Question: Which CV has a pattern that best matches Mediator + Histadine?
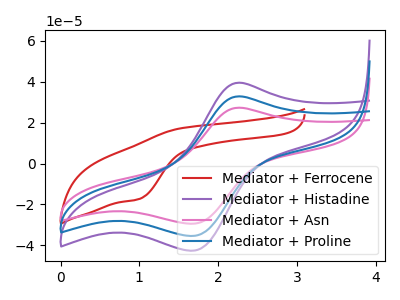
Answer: <think>The red curve "Mediator + Ferrocene" has an anodic peak at (1.50V, 17.15uA) and a cathodic peak at (1.00V, -17.40uA). The purple curve "Mediator + Histadine" has an anodic peak at (2.25V, 65.75uA) and a cathodic peak at (1.65V, -71.00uA). The pink curve "Mediator + Asn" has an anodic peak at (2.25V, 27.30uA) and a cathodic peak at (1.65V, -29.50uA). The blue curve "Mediator + Proline" has an anodic peak at (2.25V, 32.85uA) and a cathodic peak at (1.65V, -35.50uA).
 "Mediator + Ferrocene" and "Mediator + Histadine" have at least one peak that do not match. "Mediator + Ferrocene" and "Mediator + Asn" have at least one peak that do not match. "Mediator + Ferrocene" and "Mediator + Proline" have at least one peak that do not match. All the peaks in "Mediator + Histadine" have a peak in "Mediator + Asn" at the same potential. Every peak in "Mediator + Histadine" is higher than every peak in "Mediator + Asn". All the peaks in "Mediator + Histadine" have a peak in "Mediator + Proline" at the same potential. Every peak in "Mediator + Histadine" is higher than every peak in "Mediator + Proline". All the peaks in "Mediator + Asn" have a peak in "Mediator + Proline" at the same potential. Every peak in "Mediator + Asn" is lower than every peak in "Mediator + Proline".</think>
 <answer>"Mediator + Histadine" and "Mediator + Proline" have a similar shape to "Mediator + Asn".</answer>
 <eval>"Mediator + Histadine" "Mediator + Proline"</eval>